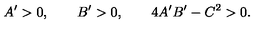
A ^ { \prime } > 0 , \qquad B ^ { \prime } > 0 , \qquad 4 A ^ { \prime } B ^ { \prime } - C ^ { 2 } > 0 .